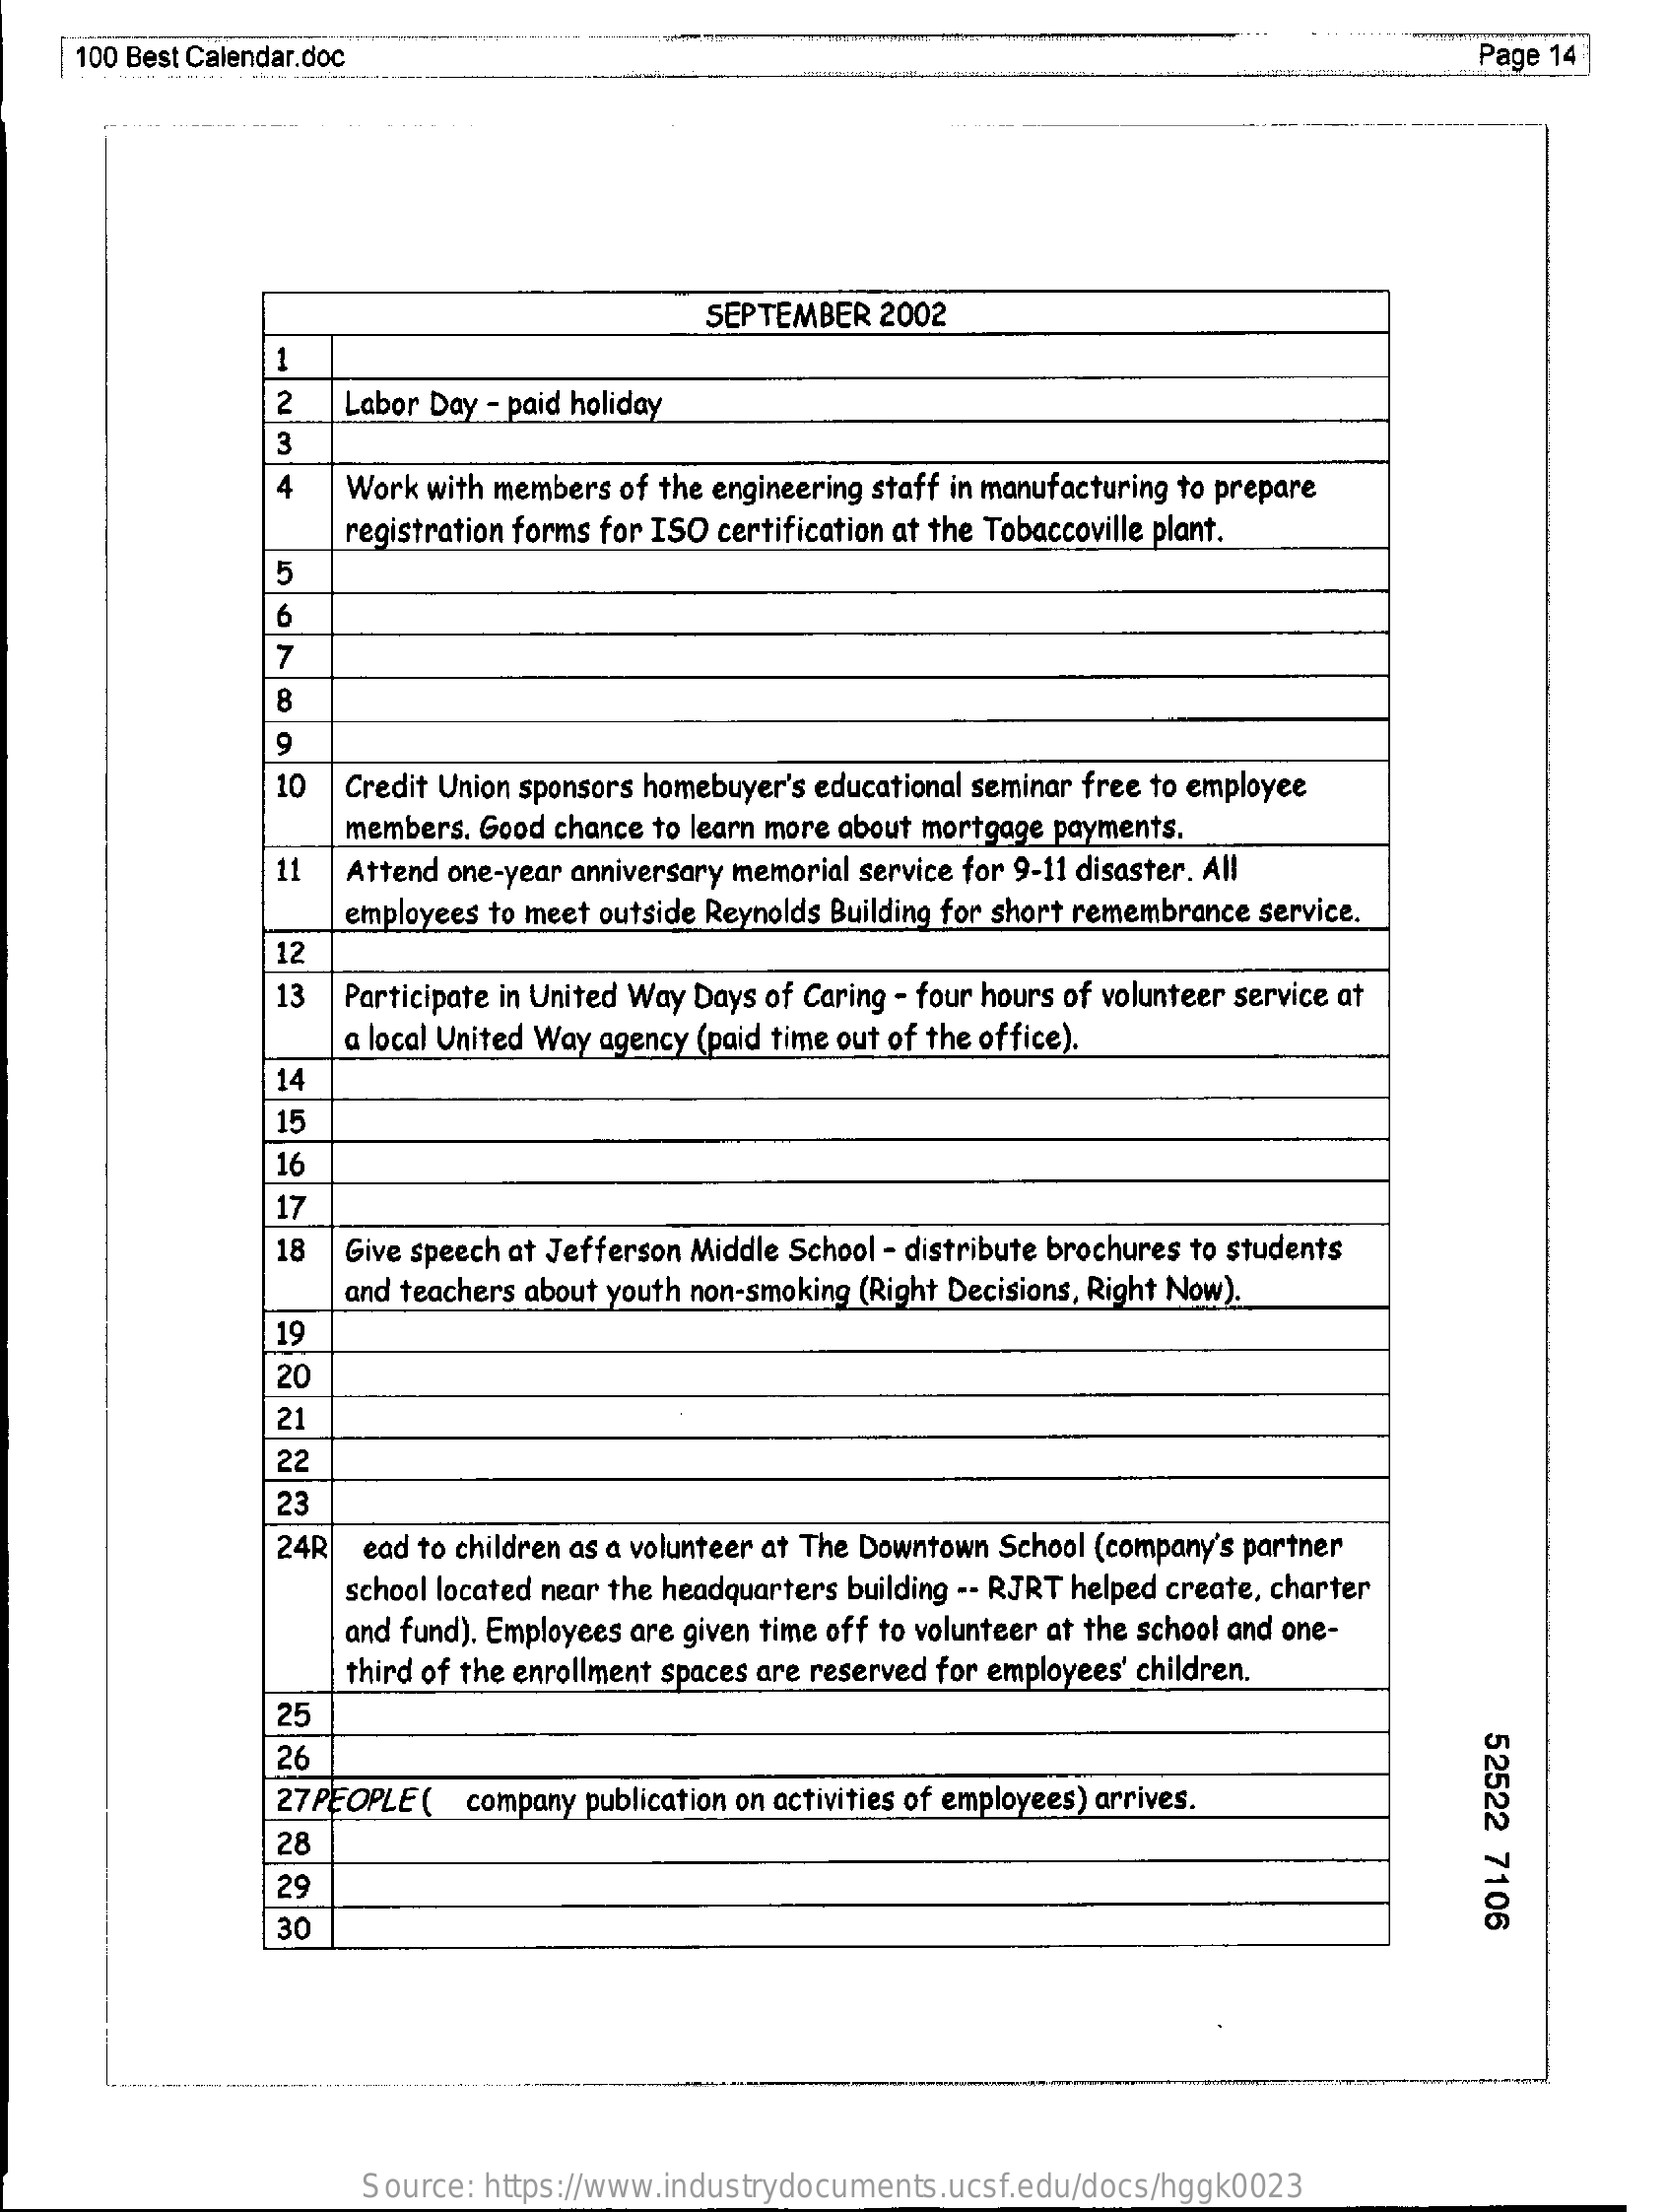
100 Best Calendar.doc    Page 14
     SEPTEMBER  2002
     1
     2   Labor Day - paid holiday
     3
     4   Work with members of the engineering staff in manufacturing to prepare
     registration forms for ISO certification at the Tobaccoville plant.
     5
     6
     7
     8
     9
     10  Credit Union sponsors homebuyer's educational seminar free to employee
     members. Good chance to learn more about mortgage payments.
     11  Attend one-year anniversary memorial service for 9-11 disaster. All
     employees to meet outside Reynolds Building for short remembrance service.
     12
     13  Participate in United Way Days of Caring - four hours of volunteer service at
     a local United Way agency (paid time out of the office).
     14
     15
     16
     17
     18  Give speech at Jefferson Middle School - distribute brochures to students
     and teachers about youth non-smoking (Right Decisions, Right Now).
     19
     20
     21
     22
     23
     24R  ead to children as a volunteer at The Downtown School (company's partner
     school located near the headquarters building -- RJRT helped create, charter
     and fund). Employees are given time off to volunteer at the school and one-
     third of the enrollment spaces are reserved for employees' children.
     25
     52522
     7106
     26
     27 PEOPLE ( company publication on activities of employees) arrives.
     28
     29
     30
     Source: https://www.industrydocuments.ucsf.edu/docs/hggk0023